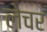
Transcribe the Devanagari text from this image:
लेचर